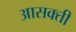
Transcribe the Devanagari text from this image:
आसक्‍ती